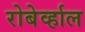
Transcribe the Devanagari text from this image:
रोबेर्व्हाल